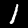
Digit: 1